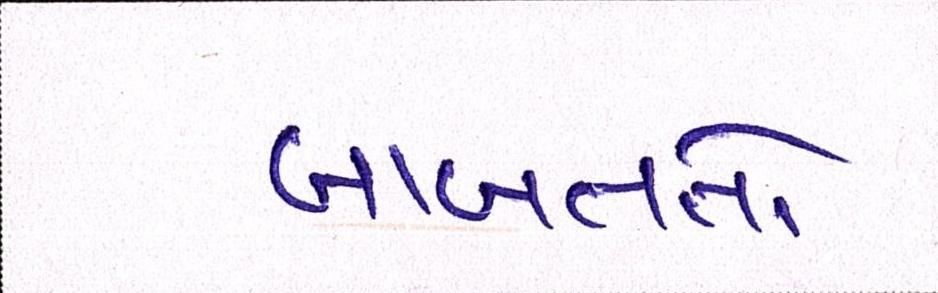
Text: બાબતતો